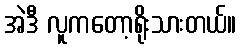
အဲဒီ လူကတော့ရိုးသားတယ်။